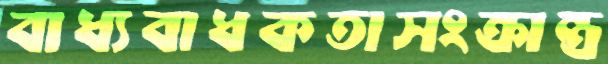
বাধ্যবাধকতাসংক্রান্ত্র